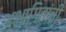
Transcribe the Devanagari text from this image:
अभागितांची